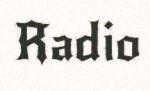
Radio